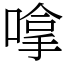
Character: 嗱